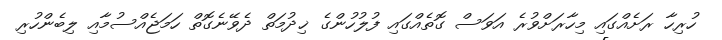
ހުރިހާ ރަށެއްގައި މިހާރަށްވުރެ އަވަސް ގޮތެއްގައި ފުލުހުންގެ ޚިދުމަތް ދެވޭނެގޮތް ހަމަޖެއްސުމާއި ލިބެންހުރި